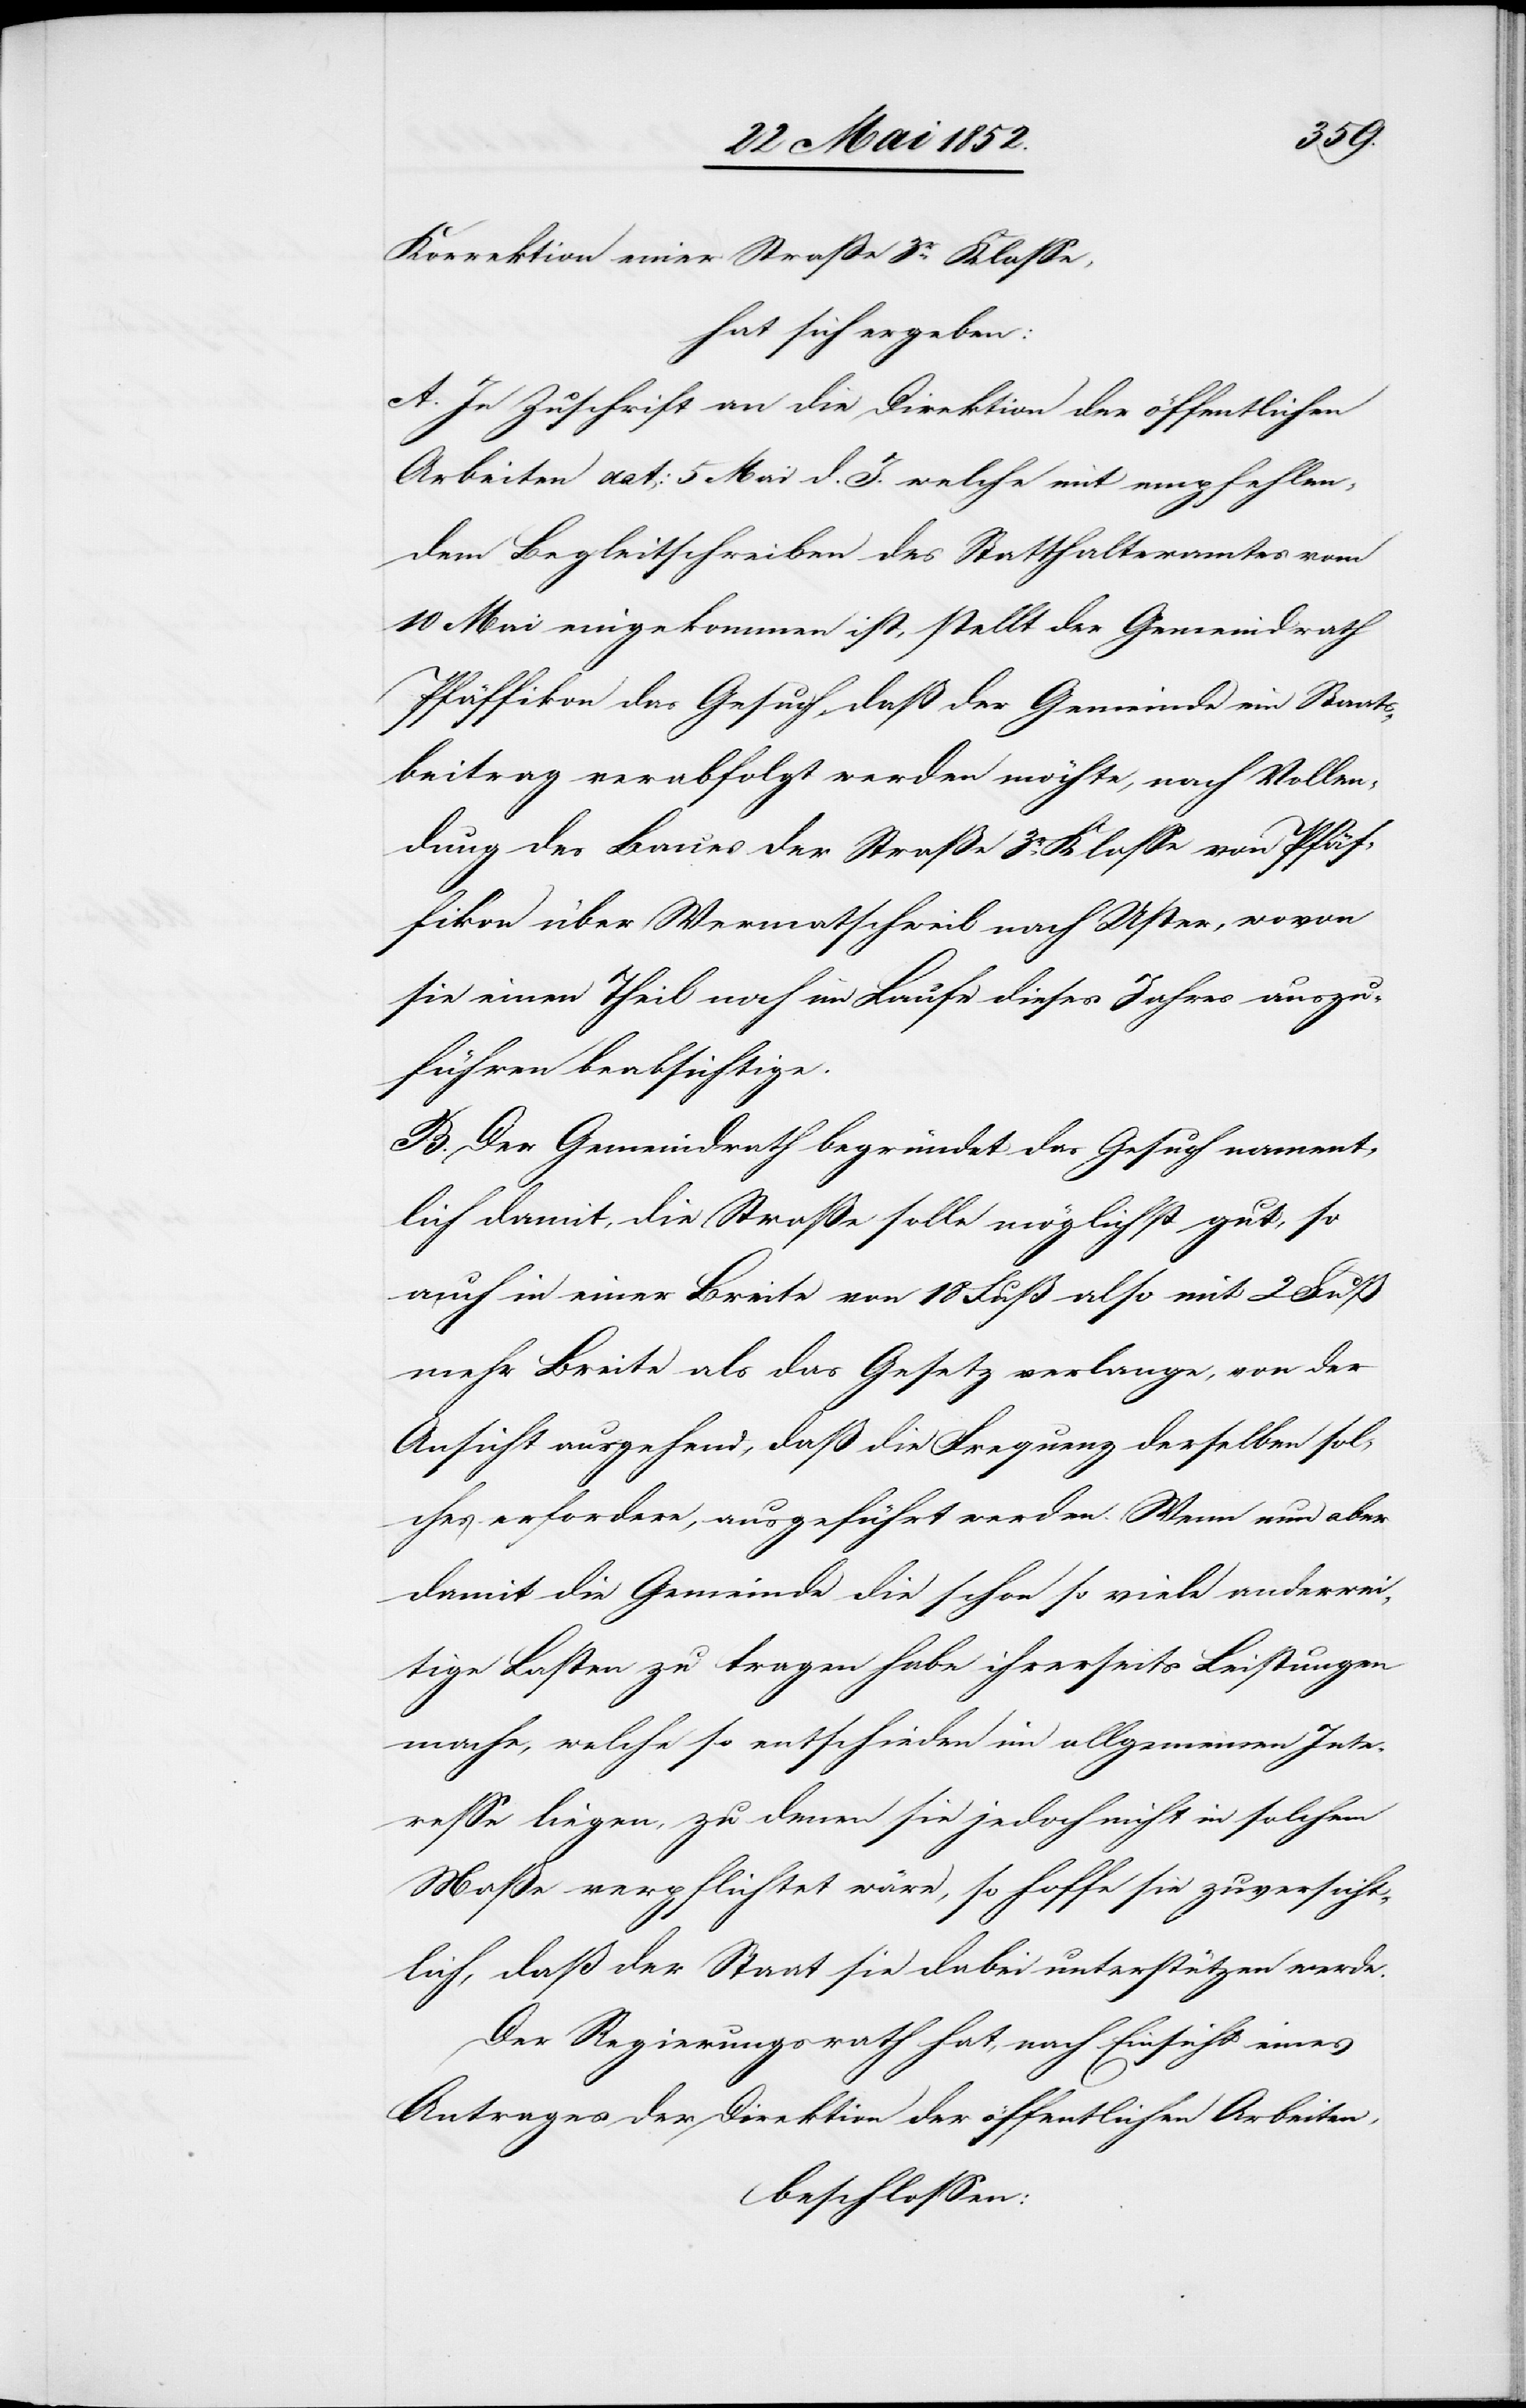
Korrektion einer Straße 3r. Klasse,
hat sich ergeben:
A. In Zuschrift an die Direktion der öffentlichen
Arbeiten dat: 5 Mai d. J. welche mit empfehlen¬
dem Begleitschreiben des Statthalteramtes vom
10 Mai eingekommen ist, stellt der Gemeindrath
Pfäffikon das Gesuch, daß der Gemeinde ein Staats¬
beitrag verabfolgt werden möchte, nach Vollen¬
dung des Baues der Straße 3r. Klasse von Pfäf¬
fikon über Wermatschweil nach Uster, wovon
sie einen Theil noch im Laufe dieses Jahres auszu¬
führen beabsichtige.
B. Der Gemeindrath begründet das Gesuch nament¬
lich damit, die Straße soll möglichst gut, so
auch in einer Breite von 18 Fuß also mit 2 Fuß
mehr Breite als das Gesetz verlange, von der
Ansicht ausgehend, daß die Frequenz derselben sol¬
ches erfordere, ausgeführt werden. Wenn nun aber
damit die Gemeinde die schon so viele anderwei¬
tige Lasten zu tragen habe ihrerseits Leistungen
mache, welche so entschieden im allgemeinen Inte¬
resse liegen, zu denen sie jedoch nicht in solchem
Maße verpflichtet wäre, so hoffe sie zuversicht¬
lich, daß der Staat sie dabei unterstützen werde.
Der Regierungsrath hat, nach Einsicht eines
Antrages der Direktion der öffentlichen Arbeiten,
beschlossen: